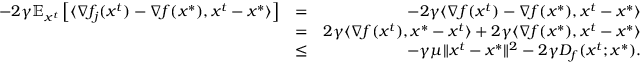
\begin{array} { r l r } { - 2 \gamma \mathbb { E } _ { x ^ { t } } \left[ \langle \nabla f _ { j } ( x ^ { t } ) - \nabla f ( x ^ { * } ) , x ^ { t } - x ^ { * } \rangle \right] } & { = } & { - 2 \gamma \langle \nabla f ( x ^ { t } ) - \nabla f ( x ^ { * } ) , x ^ { t } - x ^ { * } \rangle } \\ & { = } & { 2 \gamma \langle \nabla f ( x ^ { t } ) , x ^ { * } - x ^ { t } \rangle + 2 \gamma \langle \nabla f ( x ^ { * } ) , x ^ { t } - x ^ { * } \rangle } \\ & { \leq } & { - \gamma \mu \Vert x ^ { t } - x ^ { * } \Vert ^ { 2 } - 2 \gamma D _ { f } ( x ^ { t } ; x ^ { * } ) . } \end{array}